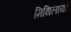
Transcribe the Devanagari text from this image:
मिथिलायां